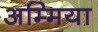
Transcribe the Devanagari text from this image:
अम्मिया